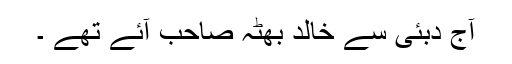
آج دبئی سے خالد بھُٹہ صاحب آئے تھے ۔